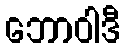
ဘောဝါဒီ